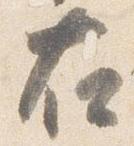
右